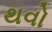
થવો